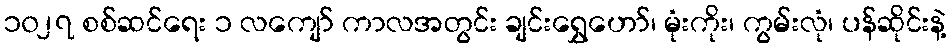
၁၀၂၇ စစ်ဆင်ရေး ၁ လကျော် ကာလအတွင်း ချင်းရွှေဟော်၊ မုံးကိုး၊ ကွမ်းလုံ၊ ပန်ဆိုင်းနဲ့